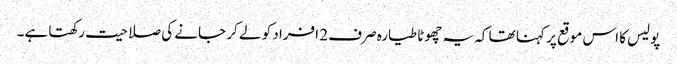
پولیس کا اس موقع پر کہنا تھا کہ یہ چھوٹا طیارہ صرف 2 افراد کو لے کر جانے کی صلاحیت رکھتا ہے۔